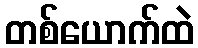
တစ်ယောက်ထဲ